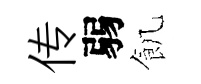
传弱飢